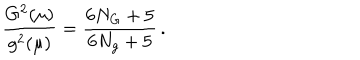
LaTeX: \frac { G ^ { 2 } ( \mu ) } { g ^ { 2 } ( \mu ) } = \frac { 6 N _ { G } + 5 } { 6 N _ { g } + 5 } \, .